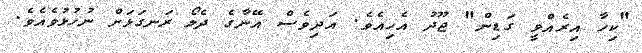
"ކިހާ އިރެއްވީ ގަޑިން" ޖޫދު އެހިއެވެ. އަދިވެސް އޭނާގެ ދެލޯ ރަނގަޅަށް ނުހުޅުވެއެވެ.